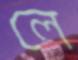
লে